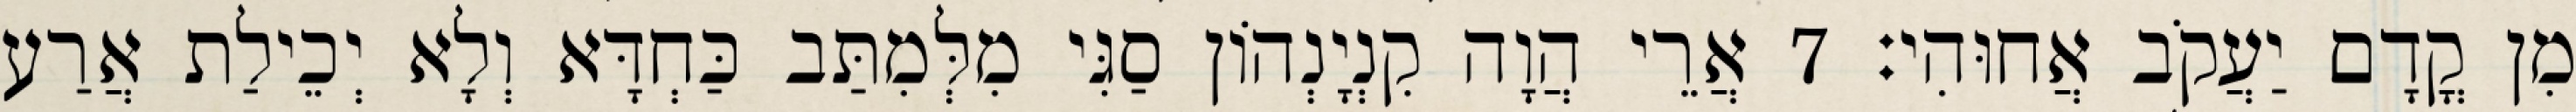
מִן קֳדָם יַעֲקֹב אֲחוּהִי׃ 7 אֲרֵי הֲוָה קִנְיָנְהוֹן סַגִּי מִלְּמִתַּב כַּחְדָּא וְלָא יְכֵילַת אֲרַע